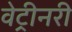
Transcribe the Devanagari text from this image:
वेट्रीनरी